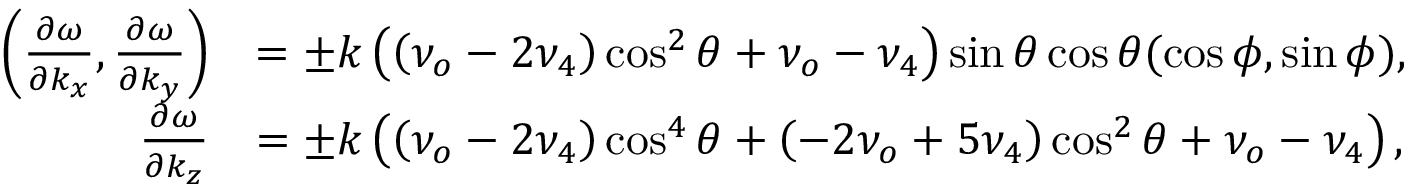
\begin{array} { r l } { \left( \frac { \partial \omega } { \partial k _ { x } } , \frac { \partial \omega } { \partial k _ { y } } \right) } & { = \pm k \left( \left( \nu _ { o } - 2 \nu _ { 4 } \right) \cos ^ { 2 } \theta + \nu _ { o } - \nu _ { 4 } \right) \sin \theta \cos \theta ( \cos \phi , \sin \phi ) , } \\ { \frac { \partial \omega } { \partial k _ { z } } } & { = \pm k \left( \left( \nu _ { o } - 2 \nu _ { 4 } \right) \cos ^ { 4 } \theta + \left( - 2 \nu _ { o } + 5 \nu _ { 4 } \right) \cos ^ { 2 } \theta + \nu _ { o } - \nu _ { 4 } \right) , } \end{array}